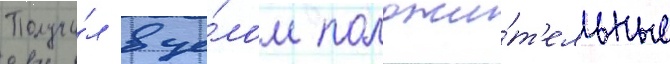
Получи́л в це́лом положи́т'ельные